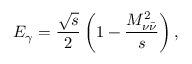
E _ { \gamma } = \frac { \sqrt { s } } { 2 } \left( 1 - \frac { M _ { \nu \bar { \nu } } ^ { 2 } } { s } \right) ,